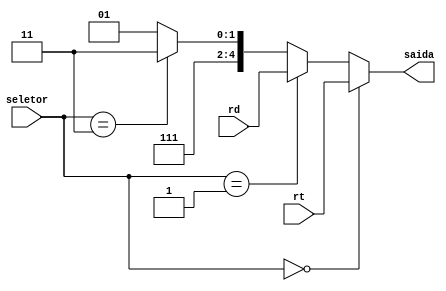
module MuxB_RegDst(
    input wire [2:0] seletor, //011 
    input wire [4:0] rt,
    input wire [4:0] rd,
    output wire [4:0] saida
    
);
wire [4:0] w1;
wire [4:0] w2;

assign w2 =  (seletor == 3'b011 ) ? 5'b11111 : 5'b11101; //29 ou 31
assign w1 =  (seletor == 3'b001 ) ? rd : w2;
assign saida =  (seletor == 3'b000 ) ? rt : w1;

endmodule